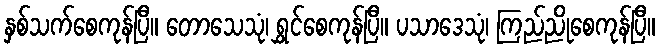
နှစ်သက်စေကုန်ပြီ။ တောသေသုံ၊ ရွှင်စေကုန်ပြီ။ ပသာဒေသုံ၊ ကြည်ညိုစေကုန်ပြီ။